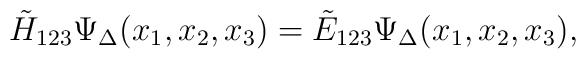
\tilde H_{123}\Psi_\Delta(x_1,x_2,x_3)=\tilde E_{123}\Psi_\Delta(x_1,x_2,x_3),